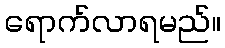
ရောက်လာရမည်။